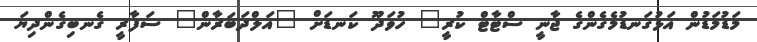
މަޑުމަޑުން އަޅުގަނޑުމެގެންގެ ޖާނީ ސްޓާޓް ކުރީ" ހުވަދޫ ކަނޑަށް "އަލްދަބަރާން" ސަފާރީ ގެނބިގެންދިޔަ